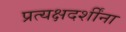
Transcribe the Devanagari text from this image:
प्रत्यक्षदर्शींना